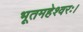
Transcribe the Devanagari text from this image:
भूतमहेश्वरः।